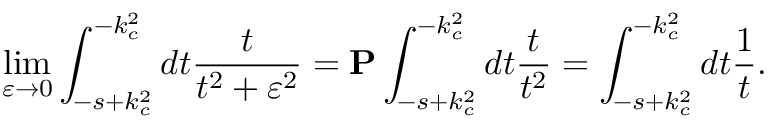
\operatorname * { l i m } _ { \varepsilon \to 0 } \int _ { - s + k _ { c } ^ { 2 } } ^ { - k _ { c } ^ { 2 } } d t \frac { t } { t ^ { 2 } + \varepsilon ^ { 2 } } = { \bf P } \int _ { - s + k _ { c } ^ { 2 } } ^ { - k _ { c } ^ { 2 } } d t \frac { t } { t ^ { 2 } } = \int _ { - s + k _ { c } ^ { 2 } } ^ { - k _ { c } ^ { 2 } } d t \frac { 1 } { t } .